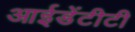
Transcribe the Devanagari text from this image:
आईडेंटीटी